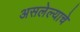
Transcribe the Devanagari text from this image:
असलेल्याचे